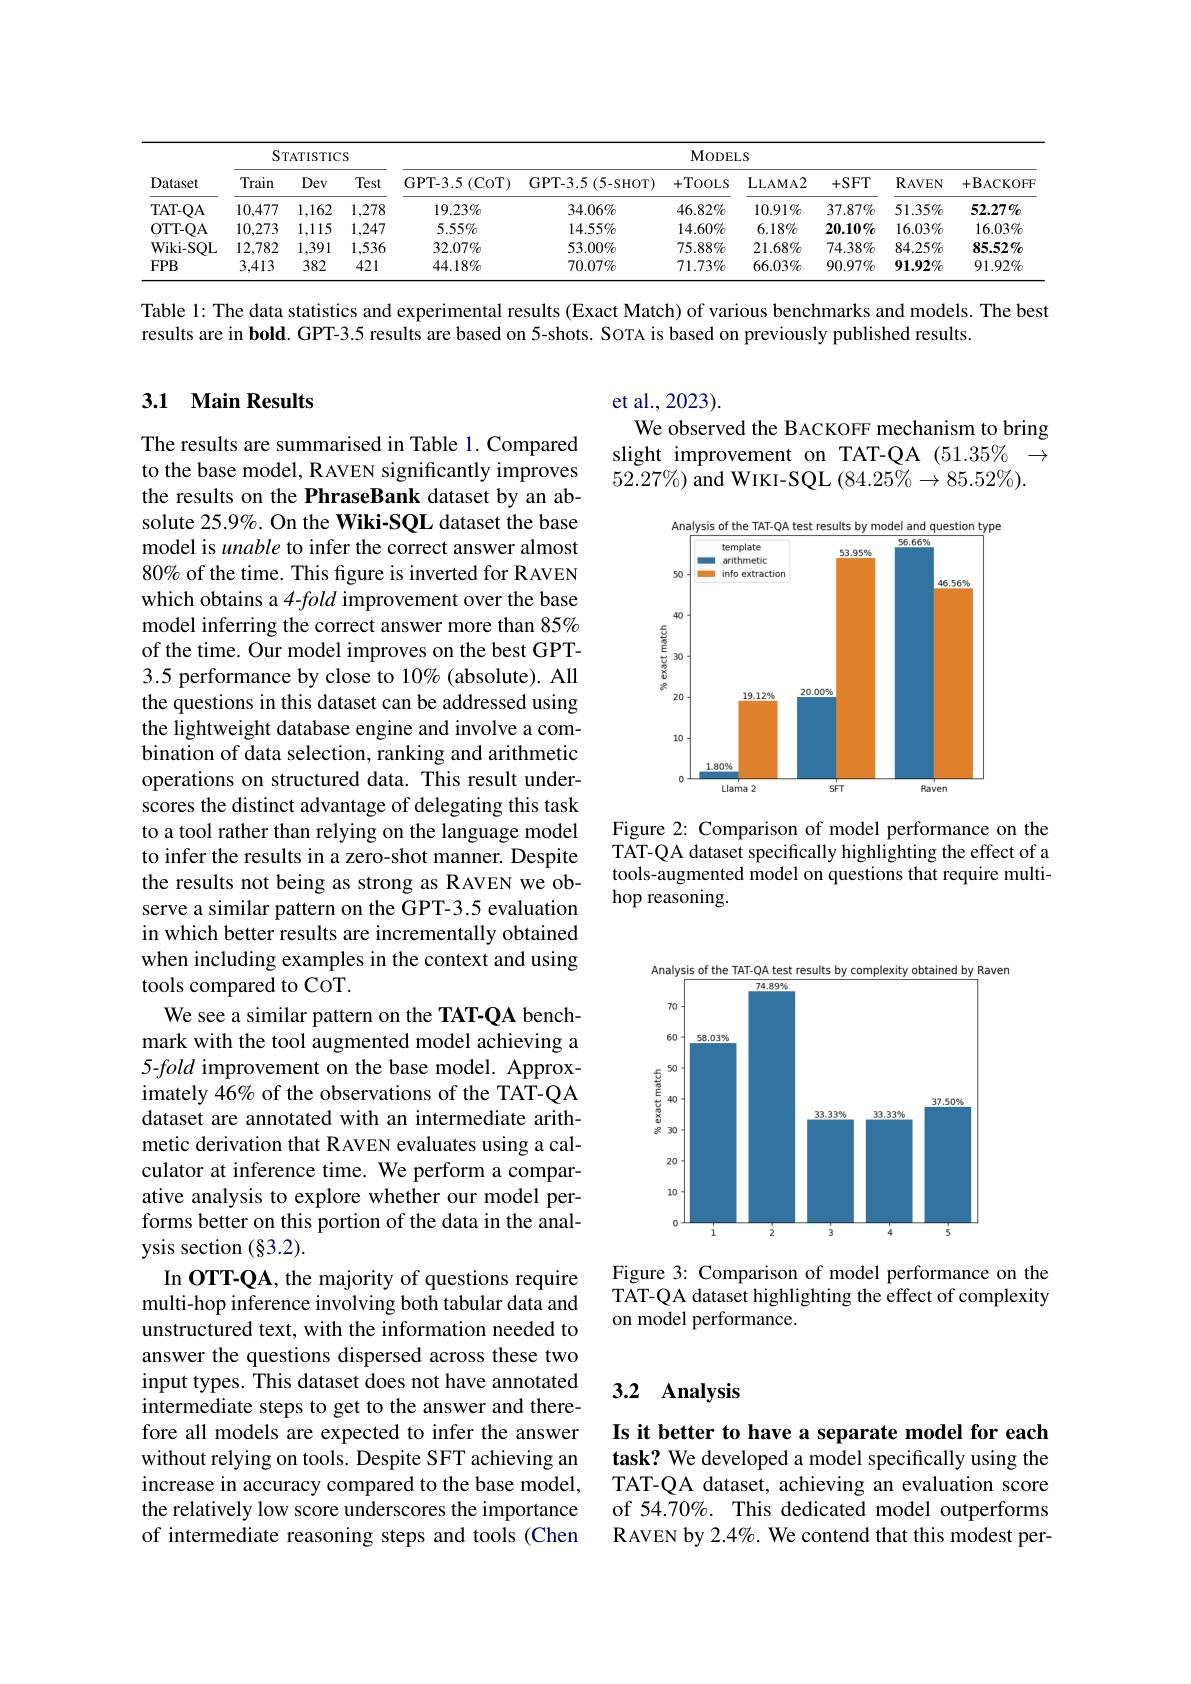
<table>
	<tbody>
		<tr>
			<th rowspan="2">Dataset</th>
			<th colspan="3">STATISTICS</th>
			<th colspan="7">MODELS</th>
		</tr>
		<tr>
			<th>Train</th>
			<th>Dev</th>
			<th>Test</th>
			<th>GPT- 3. 5 ( CoT) </th>
			<th>GPT-3.5(5-SHOT)</th>
			<th>- TOOLS +</th>
			<th>LLLAMA2</th>
			<th>+SFT</th>
			<th>$\mathbf{R}_{\mathrm{AVEN}}$</th>
			<th>$+\mathbf{B}_{ACKOFF}$</th>
		</tr>
		<tr>
			<td>TAT- QA</td>
			<td>10,477</td>
			<td>1,162</td>
			<td>1,278</td>
			<td>$19.23\%$</td>
			<td>$34.06\%$</td>
			<td>$46.82\%$</td>
			<td>$10.91\%$</td>
			<td>$37.87\%$</td>
			<td>$51.35\%$</td>
			<td>$52.27\%$</td>
		</tr>
		<tr>
			<td>OTT- QA</td>
			<td>10,273</td>
			<td>1,115</td>
			<td>1,247</td>
			<td>$5.55\%$</td>
			<td>$14.55\%$</td>
			<td>$14.60\%$</td>
			<td>$6.18\%$</td>
			<td>$20.10\%$</td>
			<td>$16.03\%$</td>
			<td>$16.03\%$</td>
		</tr>
		<tr>
			<td>Wiki- SQL</td>
			<td>12,782</td>
			<td>1,391</td>
			<td>1,536</td>
			<td>$32.07\%$</td>
			<td>$53.00\%$</td>
			<td>$75.88\%$</td>
			<td>$21.68\%$</td>
			<td>$74.38\%$</td>
			<td>$84.25\%$</td>
			<td>$85.52\%$</td>
		</tr>
		<tr>
			<td>$FPB$</td>
			<td>3,413</td>
			<td>382</td>
			<td>421</td>
			<td>$44.18\%$</td>
			<td>$70.07\%$</td>
			<td>$71.73\%$</td>
			<td>$66.03\%$</td>
			<td>$90.97\%$</td>
			<td>$91.92\%$</td>
			<td>$91.92\%$</td>
		</tr>
	</tbody>
</table>

Table 1: The data statistics and experimental results (Exact Match) of various benchmarks and models. The best

results are in bold. GPT-3.5 results are based on 5-shots. SOTA is based on previously published results.

### 3.1 Main Results

et al.,2023).
We observed the BACKOFF mechanism to bring slight improvement on TAT-QA (51.35% → $52.27\%)$ and WIKI-SQL $(84.25\%\to85.52\%).$

<FigureHere>

Figure 2: Comparison of model performance on the TAT-QA dataset specifically highlighting the effect of a tools-augmented model on questions that require multihop reasoning.

The results are summarised in Table 1. Compared to the base model, RAVEN significantly improves the results on the PhraseBank dataset by an absolute 25.9%. On the Wiki-SQL dataset the base model is unable to infer the correct answer almost 80% of the time. This figure is inverted for RAVEN which obtains a 4-fold improvement over the base model inferring the correct answer more than 85% of the time. Our model improves on the best GPT- 3.5 performance by close to 10% (absolute). All the questions in this dataset can be addressed using the lightweight database engine and involve a combination of data selection, ranking and arithmetic operations on structured data. This result underscores the distinct advantage of delegating this task to a tool rather than relying on the language model to infer the results in a zero-shot manner. Despite the results not being as strong as RAVEN we observe a similar pattern on the GPT-3.5 evaluation in which better results are incrementally obtained when including examples in the context and using tools compared to CoT.
We see a similar pattern on the TAT-QA benchmark with the tool augmented model achieving a 5-fold improvement on the base model. Approximately 46% of the observations of the TAT-QA dataset are annotated with an intermediate arithmetic derivation that RAVEN evaluates using a calculator at inference time. We perform a comparative analysis to explore whether our model performs better on this portion of the data in the analysis section (§3.2).
In OTT-QA, the majority of questions require multi-hop inference involving both tabular data and unstructured text, with the information needed to answer the questions dispersed across these two input types. This dataset does not have annotated intermediate steps to get to the answer and therefore all models are expected to infer the answer without relying on tools. Despite SFT achieving an increase in accuracy compared to the base model, the relatively low score underscores the importance of intermediate reasoning steps and tools (Chen

<FigureHere>

Figure 3: Comparison of model performance on the TAT-QA dataset highlighting the effect of complexity on model performance.

## 3.2 Analysis

Is it better to have a separate model for each task? We developed a model specifically using the TAT-QA dataset, achieving an evaluation score of 54.70%. This dedicated model outperforms RAVEN by 2.4%. We contend that this modest per-